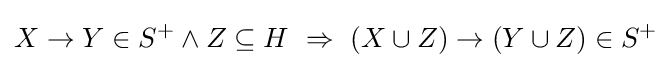
X\rightarrow Y\in S^{+}\land Z\subseteq H~\Rightarrow ~(X\cup Z)\rightarrow (Y\cup Z)\in S^{+}